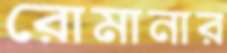
রোমানার